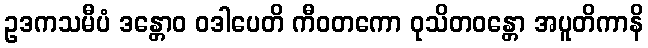
ဥဒကသမီပံ ဒန္တောဝ ဝဒါပေတိ ကီဝတကော ဝုသိတဝန္တော အပူတိကာနိ